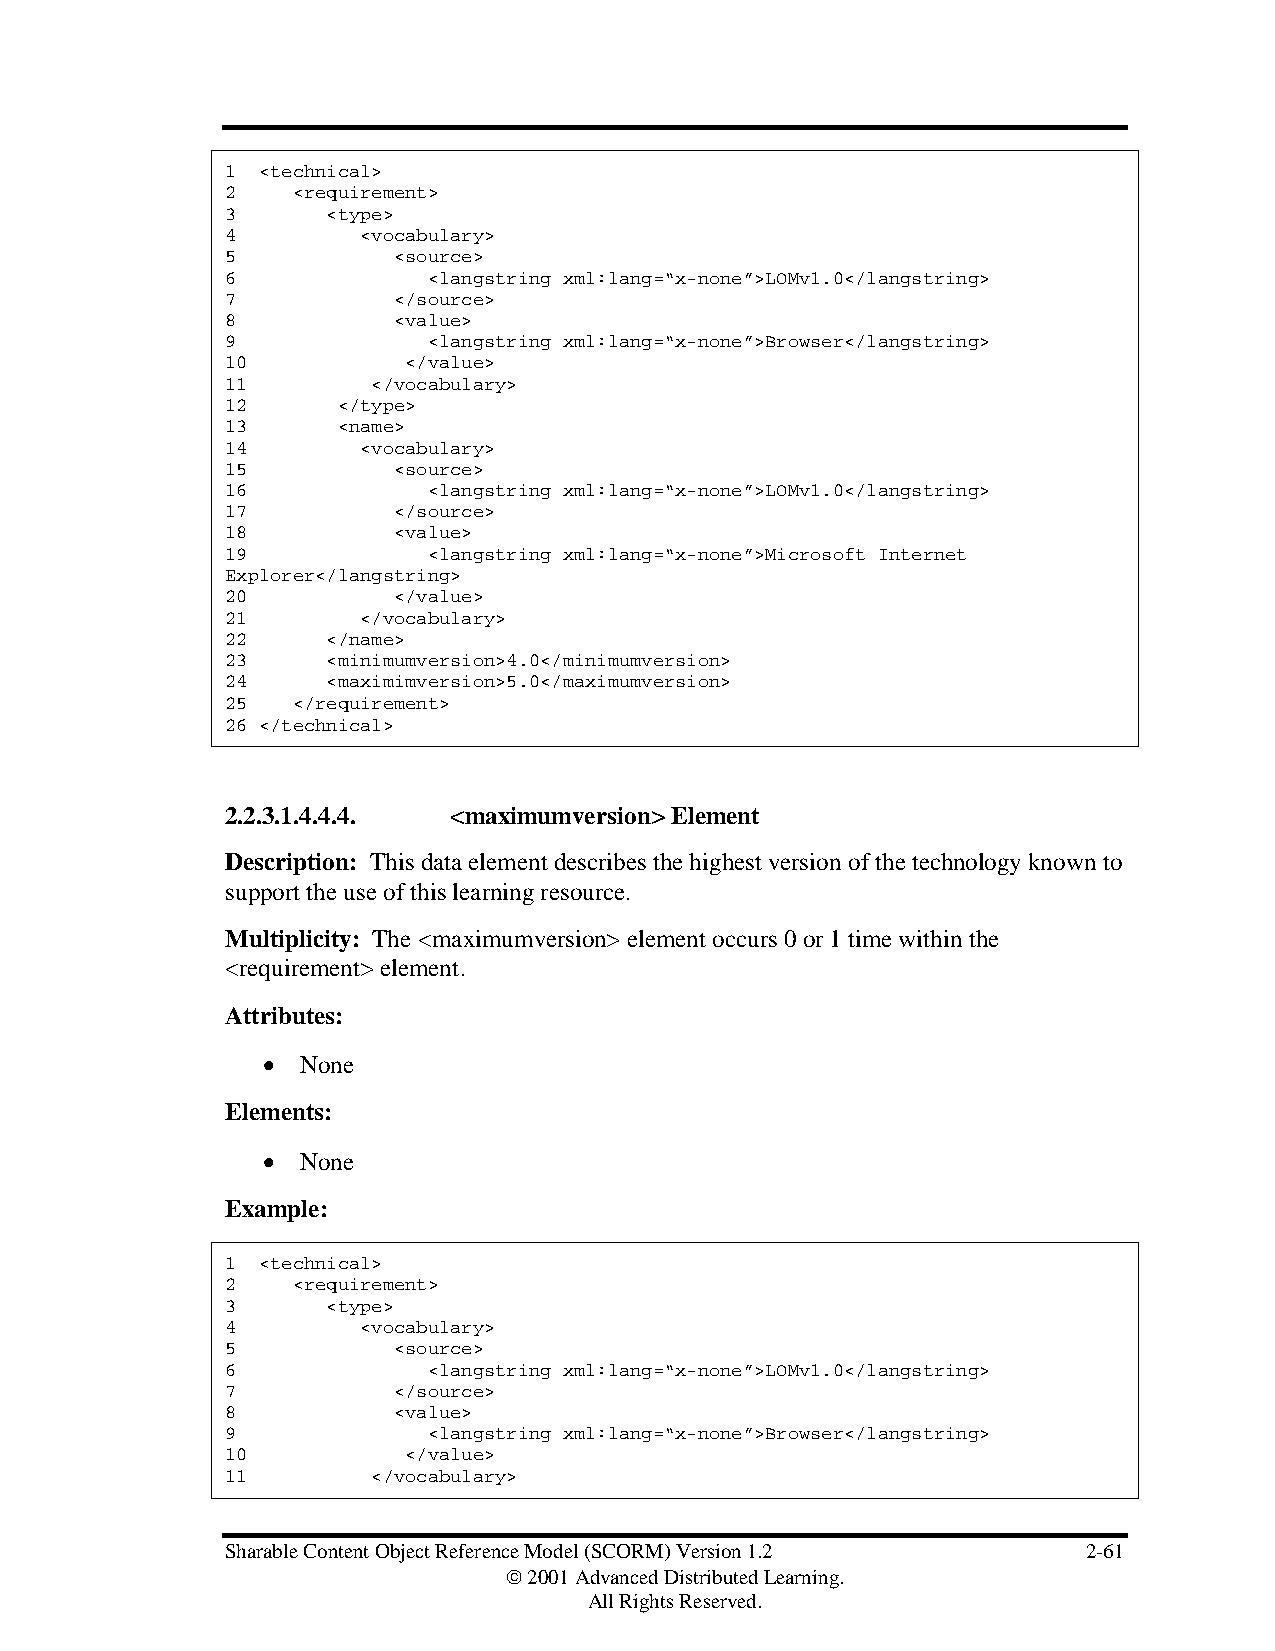
1 <technical>
 2   <requirement>
 3      <type>
 4        <vocabulary>
 5          <source>
 6            <langstring xml:lang=“x-none”>LOMv1.0</langstring>
 7          </source>
 8          <value>
 9            <langstring xml:lang=“x-none”>Browser</langstring>
 10          </value>
 11        </vocabulary>
 12     </type>
 13     <name>
 14       <vocabulary>
 15         <source>
 16           <langstring xml:lang=“x-none”>LOMv1.0</langstring>
 17         </source>
 18         <value>
 19           <langstring xml:lang=“x-none”>Microsoft Internet
 Explorer</langstring>
 20         </value>
 21       </vocabulary>
 22     </name>
 23     <minimumversion>4.0</minimumversion>
 24     <maximimversion>5.0</maximumversion>
 25  </requirement>
 26 </technical>
 2.2.3.1.4.4.4. <maximumversion> Element
 Description: This data element describes the highest version of the technology known to
 support the use of this learning resource.
 Multiplicity: The <maximumversion> element occurs 0 or 1 time within the
 <requirement> element.
 Attributes:
 •  None
 Elements:
 •  None
 Example:
 1 <technical>
 2   <requirement>
 3      <type>
 4        <vocabulary>
 5          <source>
 6            <langstring xml:lang=“x-none”>LOMv1.0</langstring>
 7          </source>
 8          <value>
 9            <langstring xml:lang=“x-none”>Browser</langstring>
 10          </value>
 11        </vocabulary>
 Sharable Content Object Reference Model (SCORM) Version 1.2 2-61
  2001 Advanced Distributed Learning.
 All Rights Reserved.